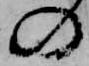
の